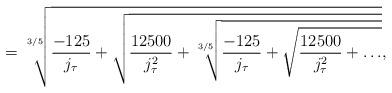
LaTeX: \begin{align*}=\sqrt[3/5]{\frac{-125}{j_{\tau}}+\sqrt{\frac{12500}{j^2_{\tau}}+\sqrt[3/5]{\frac{-125}{j_{\tau}}+\sqrt{\frac{12500}{j_{\tau}^2}+\ldots}}}},\end{align*}